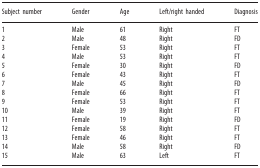
<table><thead><tr><td><b>Subject number</b></td><td><b>Gender</b></td><td><b>Age</b></td><td><b>Left/right handed</b></td><td><b>Diagnosis</b></td></tr></thead><tbody><tr><td>1</td><td>Male</td><td>61</td><td>Right</td><td>FT</td></tr><tr><td>2</td><td>Male</td><td>48</td><td>Right</td><td>FD</td></tr><tr><td>3</td><td>Female</td><td>53</td><td>Right</td><td>FT</td></tr><tr><td>4</td><td>Male</td><td>53</td><td>Right</td><td>FT</td></tr><tr><td>5</td><td>Female</td><td>30</td><td>Right</td><td>FD</td></tr><tr><td>6</td><td>Female</td><td>43</td><td>Right</td><td>FT</td></tr><tr><td>7</td><td>Male</td><td>45</td><td>Right</td><td>FD</td></tr><tr><td>8</td><td>Female</td><td>66</td><td>Right</td><td>FT</td></tr><tr><td>9</td><td>Female</td><td>53</td><td>Right</td><td>FT</td></tr><tr><td>10</td><td>Male</td><td>39</td><td>Right</td><td>FT</td></tr><tr><td>11</td><td>Female</td><td>19</td><td>Right</td><td>FD</td></tr><tr><td>12</td><td>Female</td><td>58</td><td>Right</td><td>FT</td></tr><tr><td>13</td><td>Female</td><td>46</td><td>Right</td><td>FT</td></tr><tr><td>14</td><td>Male</td><td>58</td><td>Right</td><td>FD</td></tr><tr><td>15</td><td>Male</td><td>63</td><td>Left</td><td>FT</td></tr></tbody></table>